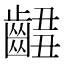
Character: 𪘴